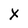
Character: X